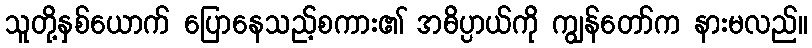
သူတို့နှစ်ယောက် ပြောနေသည့်စကား၏ အဓိပ္ပာယ်ကို ကျွန်တော်က နားမလည်။